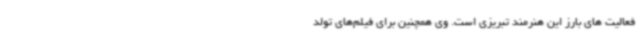
فعالیت های بارز این هنرمند تبریزی است. وی همچنین برای فیلم‌های تولد